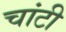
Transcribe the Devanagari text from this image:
चांटी